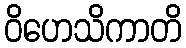
ဝိဟေသိကာတိ